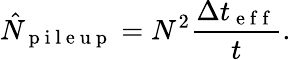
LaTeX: \hat{N}_{\mathrm{~p~i~l~e~u~p~}}=N^{2}\frac{\Delta t_{\mathrm{~e~f~f~}}}{t}.